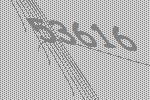
53616